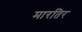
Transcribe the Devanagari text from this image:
मारतिर